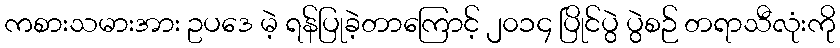
ကစားသမားအား ဥပဒေ မဲ့ ရန်ပြုခဲ့တာကြောင့် ၂၀၁၄ ပြိုင်ပွဲ ပွဲစဉ် တရာသီလုံးကို